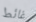
غائط